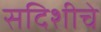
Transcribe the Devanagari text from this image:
सदिशीचे